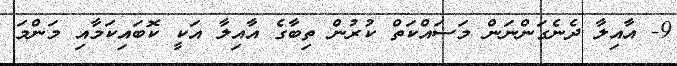
9- އާއިލާ ދެނެގަންނަން މަސައްކަތް ކުރުން ތިބާގެ އާއިލާ އަކީ ކޮބައިކަމާއި މަންމަ